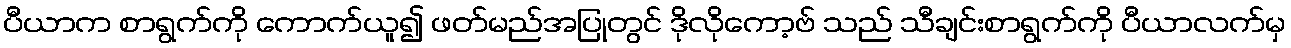
ပီယာက စာရွက်ကို ကောက်ယူ၍ ဖတ်မည်အပြုတွင် ဒိုလိုကော့ဗ် သည် သီချင်းစာရွက်ကို ပီယာလက်မှ